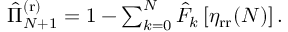
\begin{array} { r } { \hat { \Pi } _ { N + 1 } ^ { \mathrm { ( r ) } } = 1 - \sum _ { k = 0 } ^ { N } \hat { F } _ { k } \left[ \eta _ { \mathrm { r r } } ( N ) \right] . } \end{array}